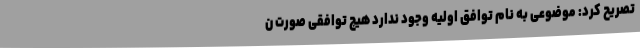
تصریح کرد: موضوعی به نام توافق اولیه وجود ندارد هیچ توافقی صورت ن